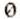
0